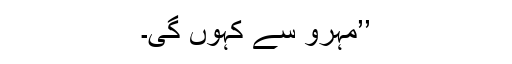
’’مہرو سے کہوں گی۔